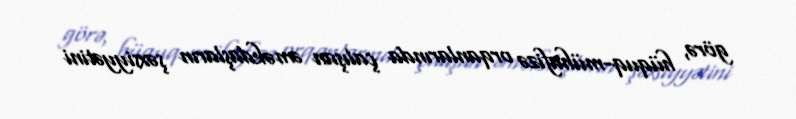
görə, hüquq-mühafizə orqanlarında çalışan əməkdaşların şəxsiyyətini